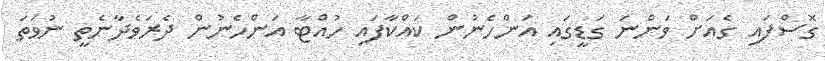
ގޮސްފައި ގެއަށް ވަންނަ ގަޑީގައި އަންހެނުން ކައްކާފައި ހުއްޓާ އަންހެނުން ދެރަވެދާނެތީ ނުވަތަ